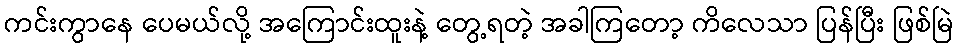
ကင်းကွာနေ ပေမယ်လို့ အကြောင်းထူးနဲ့ တွေ့ရတဲ့ အခါကြတော့ ကိလေသာ ပြန်ပြီး ဖြစ်မြဲ